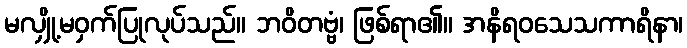
မလျှို့မဝှက်ပြုလုပ်သည်။ ဘဝိတဗ္ဗံ၊ ဖြစ်ရာ၏။ အနိရဝသေသကာရိနာ၊